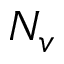
N _ { v }